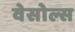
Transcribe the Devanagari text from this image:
वेसोल्स